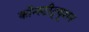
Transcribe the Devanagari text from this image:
कॉन्‍स्‍टीट्यूशन